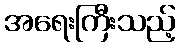
အရေးကြီးသည့်